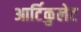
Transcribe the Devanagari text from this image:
आर्टिकुलेट